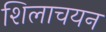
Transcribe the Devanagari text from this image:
शिलाचयन